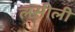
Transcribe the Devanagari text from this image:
लसीली